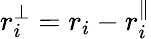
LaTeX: r_{i}^{\perp}=r_{i}-r_{i}^{\parallel}